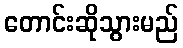
တောင်းဆိုသွားမည်